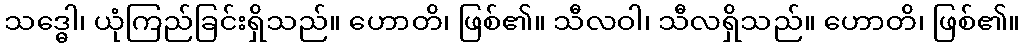
သဒ္ဓေါ၊ ယုံကြည်ခြင်းရှိသည်။ ဟောတိ၊ ဖြစ်၏။ သီလဝါ၊ သီလရှိသည်။ ဟောတိ၊ ဖြစ်၏။